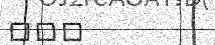
١٠٢